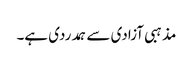
مذہبی آزادی سے ہمدردی ہے۔